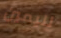
لليمين